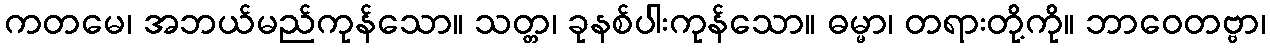
ကတမေ၊ အဘယ်မည်ကုန်သော။ သတ္တ၊ ခုနစ်ပါးကုန်သော။ ဓမ္မာ၊ တရားတို့ကို။ ဘာဝေတဗ္ဗာ၊